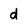
Character: d